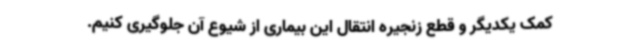
کمک یکدیگر و قطع زنجیره انتقال این بیماری از شیوع آن جلوگیری کنیم.